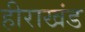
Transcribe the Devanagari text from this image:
हीराखंड